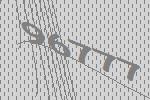
96777